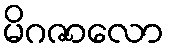
မိဂဇာလော